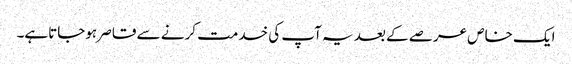
ایک خاص عرصے کے بعد یہ آپ کی خدمت کرنے سے قاصر ہوجاتاہے۔